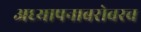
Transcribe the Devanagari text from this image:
अध्यापनाबरोबरच